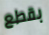
بقطع